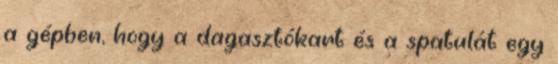
a gépben, hogy a dagasztókart és a spatulát egy